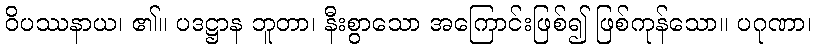
ဝိပဿနာယ၊ ၏။ ပဒဋ္ဌာန ဘူတာ၊ နီးစွာသော အကြောင်းဖြစ်၍ ဖြစ်ကုန်သော။ ပဂုဏာ၊